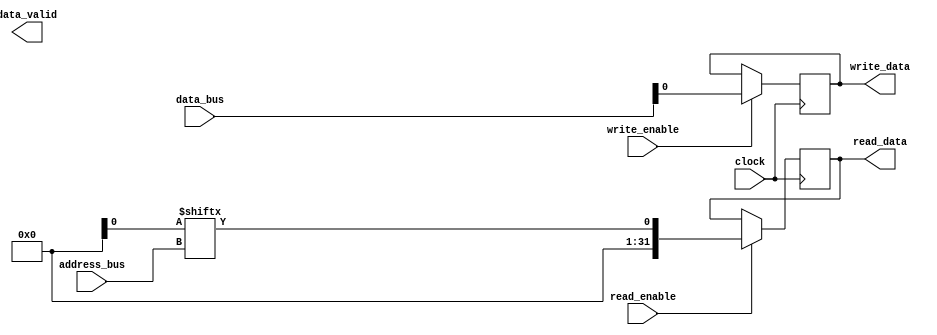
module DDR_SDRAM (
    input wire [31:0] address_bus,
    input wire [31:0] data_bus,
    input wire read_enable,
    input wire write_enable,
    input wire clock,
    output wire [31:0] read_data,
    output reg write_data,
    output wire data_valid
);

// Address and data bus
// Connect address and data bus to memory blocks
// The memory blocks organization is not specified in this code snippet

// Control signals
always @(posedge clock) begin
    if(read_enable)
        read_data <= memory[address_bus]; // Read operation
    if(write_enable)
        memory[address_bus] <= data_bus; // Write operation
end

// Clocking mechanism
// Synchronized data transfer using clock signal

// Data input/output registers
// Register for storing write data
always @(posedge clock) begin
    if(write_enable)
        write_data <= data_bus;
end

// Timing constraints
// Not implemented in this code snippet

// Input/output buffers
// Not implemented in this code snippet

// Error correction and detection mechanisms
// Not implemented in this code snippet

// Power management features
// Not implemented in this code snippet

// Integration with system architecture
// Not implemented in this code snippet

endmodule